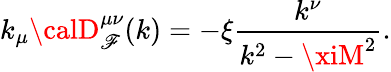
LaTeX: k_{\mu}{\calD}_{\mathscr{F}}^{\mu\nu}(k)=-\xi\frac{{k^{\nu}}}{{k^{2}-\xiM^{2}}}.